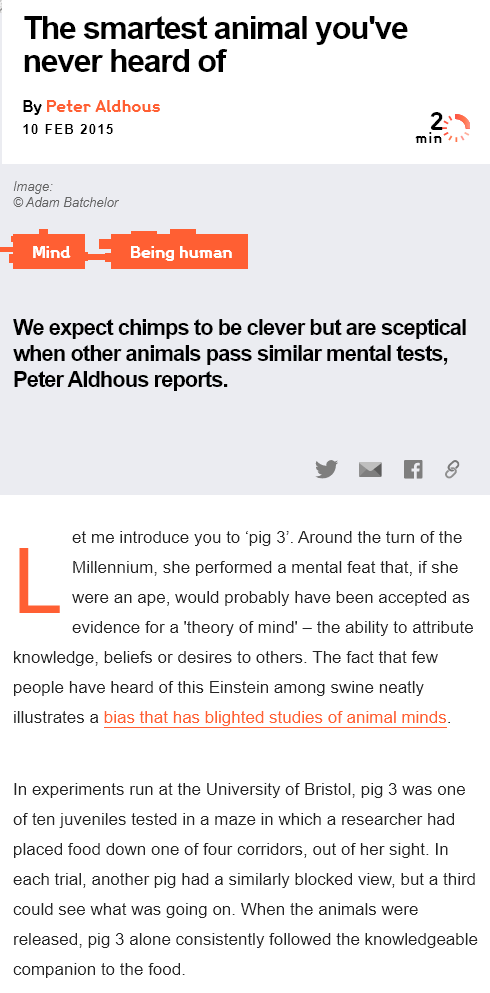
The    smartest    animal    you've
   never    heard    of
   By Peter Aldhous
   10 FEB 2015
     ern pt   ey Mind
  We  expect  chimps to   be clever  but are sceptical
  when other  animals    pass  similar mental tests,
  Peter Aldhous  reports.
  Image:
  © Adam Batchelor
     et me introduce you to ‘pig 3’. Around the turn of the
     Millennium, she performed a mental feat that, if she
     were an ape, would probably have been accepted as
     evidence for a ‘theory of mind’
     —
     the ability to attribute
  knowledge, beliefs or desires to others. The fact that few
  people have heard of this Einstein among swine neatly
  illustrates a bias that has blighted studies of animal minds.
  In experiments run at the University of Bristol, pig 3 was one
  of ten juveniles tested in a maze in which a researcher had
  placed food down one of four corridors, out of her sight. In
  each trial, another pig had a similarly blocked view, but a third
  could see what was going on. When the animals were
  released, pig 3 alone consistently followed the knowledgeable
  companion to the food